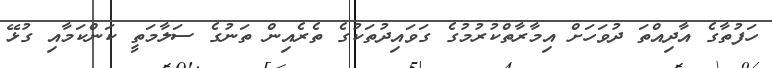
ހަފުތާގެ އާދިއްތަ ދުވަހަށް އިމާރާތްކުރުމުގެ ގަވައިދުތަކުގެ ތެރެއިން ތަނުގެ ސަލާމަތީ ކަންކަމާއި ގުޅޭ